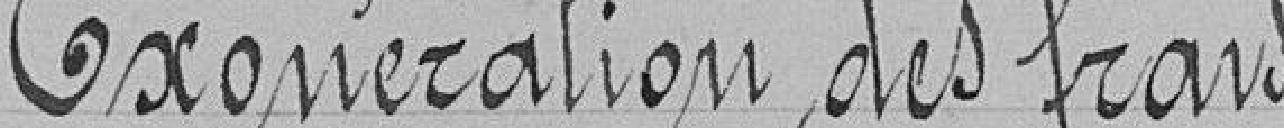
Exonération des frais